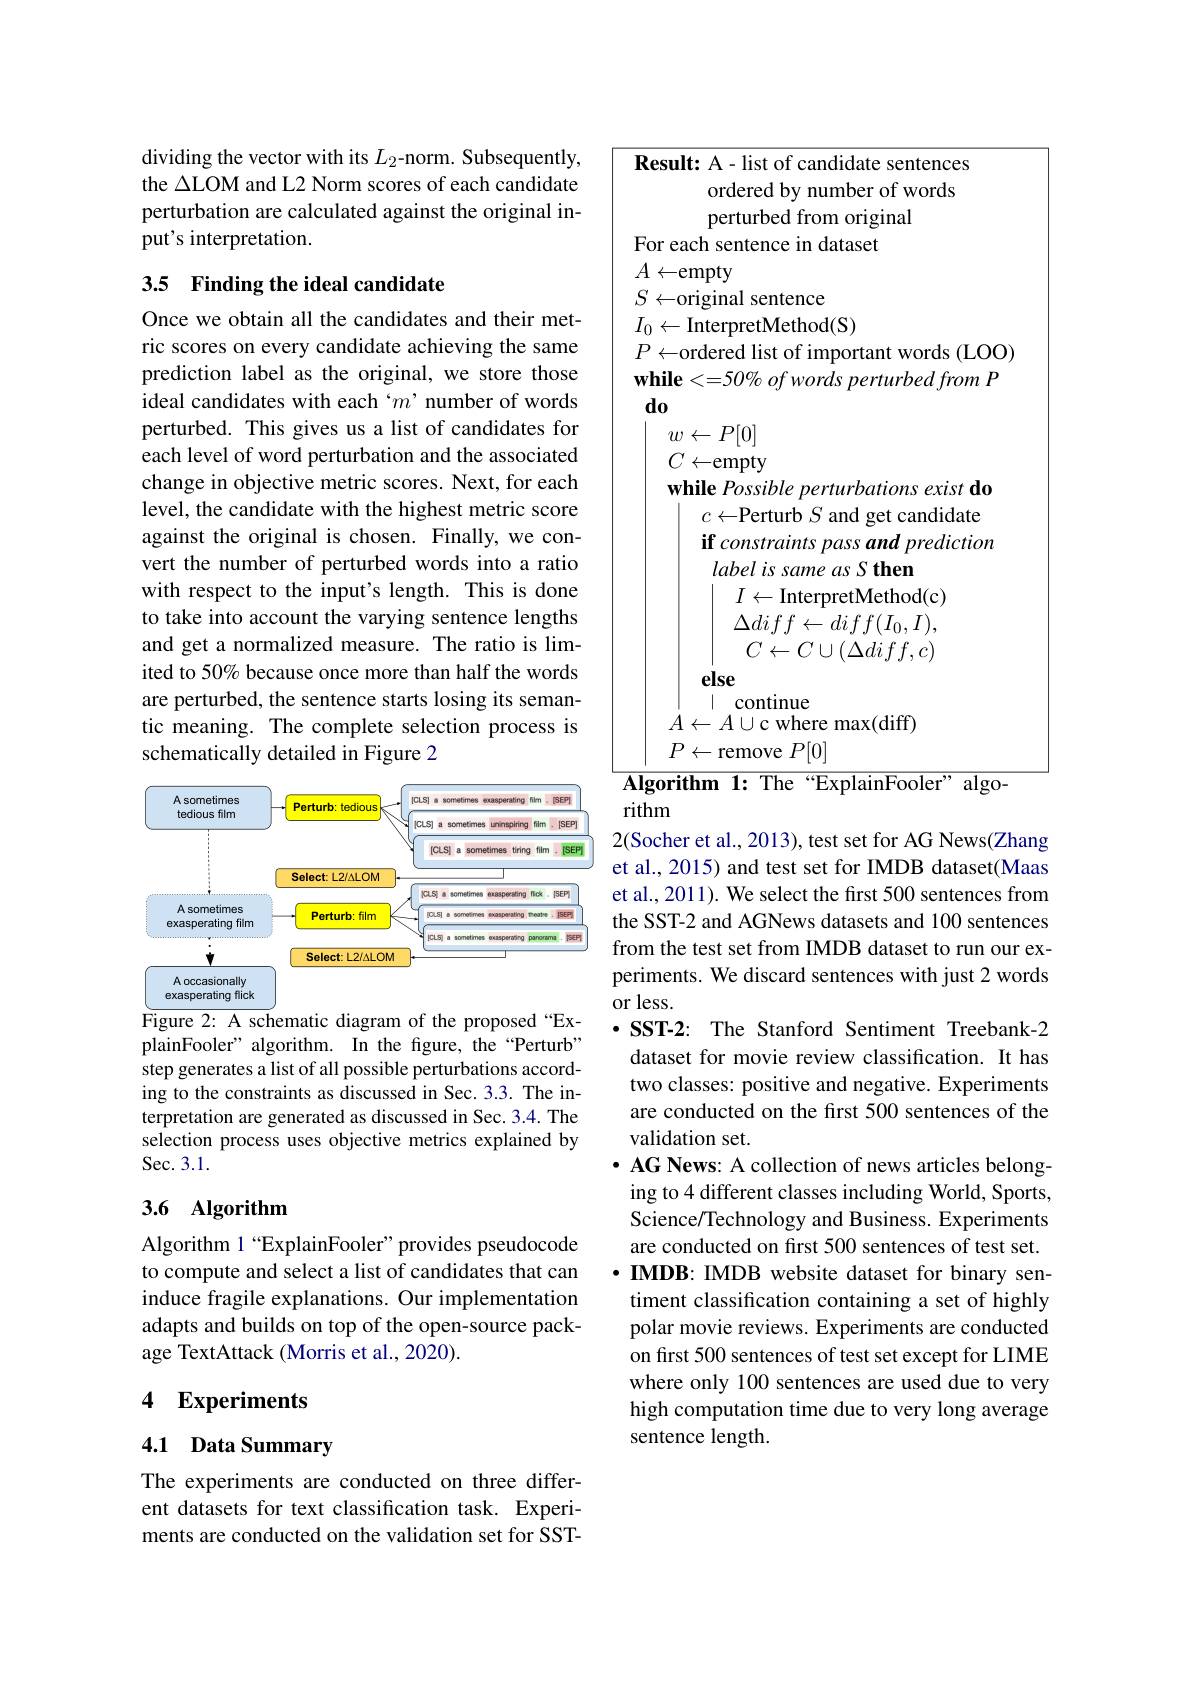
dividing the vector with its $L_2$-norm. Subsequently, the $\Delta$LOM and L2 Norm scores of each candidate perturbation are calculated against the original input's interpretation.

## 3.5 Finding the ideal candidate

Once we obtain all the candidates and their metric scores on every candidate achieving the same prediction label as the original, we store those ideal candidates with each‘$m’$number of words perturbed. This gives us a list of candidates for each level of word perturbation and the associated change in objective metric scores. Next, for each level, the candidate with the highest metric score against the original is chosen. Finally, we convert the number of perturbed words into a ratio with respect to the input's length. This is done to take into account the varying sentence lengths and get a normalized measure. The ratio is limited to 50% because once more than half the words are perturbed, the sentence starts losing its semantic meaning. The complete selection process is schematically detailed in Figure 2

<FigureHere>

Figure 2: A schematic diagram of the proposed “ExplainFooler" algorithm. In the figure, the“Perturb” step generates a list of all possible perturbations according to the constraints as discussed in Sec.3.3. The interpretation are generated as discussed in Sec. 3.4. The selection process uses objective metrics explained by Sec. 3. 1.

## 3.6 Algorithm

Algorithm 1“ExplainFooler”provides pseudocode to compute and select a list of candidates that can induce fragile explanations. Our implementation adapts and builds on top of the open-source package TextAttack (Morris et al., 2020).

# 4 Experiments

### 4.1 Data Summary

The experiments are conducted on three different datasets for text classification task. Experiments are conducted on the validation set for SST-

<table>
	<tbody>
		<tr>
			<td> </td>
			<td>sult: A- list of candidate sentences ordered by number of words perturbed from original</td>
		</tr>
	</tbody>
</table>
rithm

2(Socher et al., 2013), test set for AG News(Zhang et al., 2015) and test set for IMDB dataset(Maas et al., 2011). We select the first 500 sentences from the SST-2 and AGNews datasets and 100 sentences from the test set from IMDB dataset to run our experiments. We discard sentences with just 2 words or less.
$\cdot$ SST-2: The Stanford Sentiment Treebank-2 dataset for movie review classification. It has two classes: positive and negative. Experiments are conducted on the first 500 sentences of the validation set.
$\cdot$ AG News: A collection of news articles belong-
ing to 4 different classes including World, Sports, Science/Technology and Business. Experiments are conducted on first 500 sentences of test set. $\cdot$ IMDB: IMDB website dataset for binary sentiment classification containing a set of highly polar movie reviews. Experiments are conducted on first 500 sentences of test set except for LIME where only 100 sentences are used due to very high computation time due to very long average sentence length.